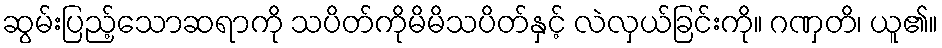
ဆွမ်းပြည့်သောဆရာကို သပိတ်ကိုမိမိသပိတ်နှင့် လဲလှယ်ခြင်းကို။ ဂဏှတိ၊ ယူ၏။